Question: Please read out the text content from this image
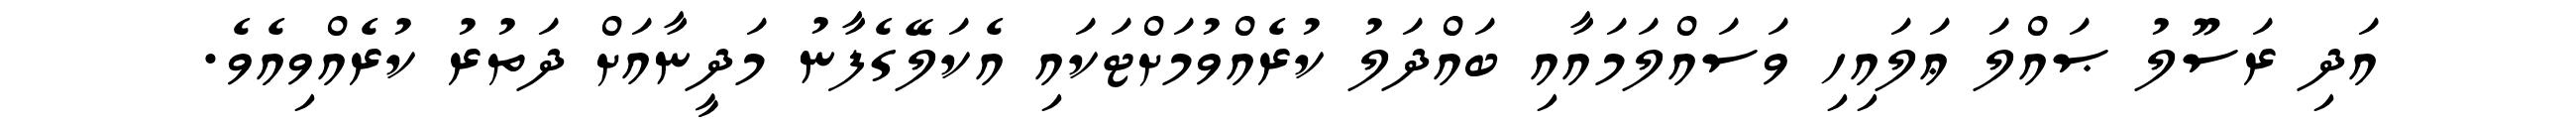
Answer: އަދި ރަސޫލު ޞައްލަ ޢަލައިހި ވަސައްލަމައާއި ބައްދަލު ކުރެއްވުމަށްޓަކައި އެކަލޭގެފާނު މަދީނާއަށް ދަތުރު ކުރެއްވިއެވެ.